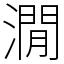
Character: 㵎